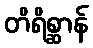
တိရိစ္ဆာန်